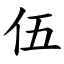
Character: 伍